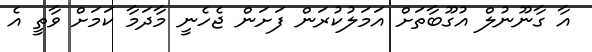
އާ ގާނޫނުލް އުގޫބާތަށް އަމަލުކުރަން ފަށަން ޖެހެނީ މާދަމާ ކަމަށް ވާތީ އެ